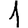
Digit: 1